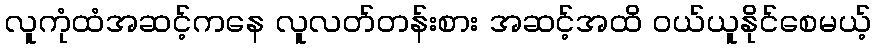
လူကုံထံအဆင့်ကနေ လူလတ်တန်းစား အဆင့်အထိ ဝယ်ယူနိုင်စေမယ့်